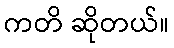
ကတိ ဆိုတယ်။